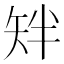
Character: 𬑰